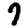
Digit: 7